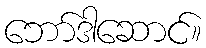
ဘော်ဒါဆောင်။